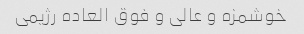
خوشمزه و عالی و فوق العاده رژیمی